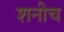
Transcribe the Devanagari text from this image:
शनीच